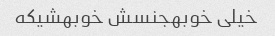
خیلی خوبهجنسش خوبهشیکه